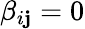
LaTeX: \beta_{i\mathbf{j}}=0